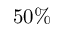
5 0 \%